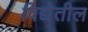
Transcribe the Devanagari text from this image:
विद्येतील